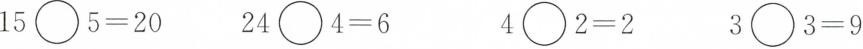
$$1 5 \circ 5 = 2 0$$ $$2 4 \circ 4 = 6$$ $$4 \circ 2 = 2$$ $$3 \circ 3 = 9$$